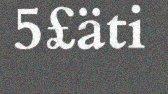
5£äti